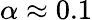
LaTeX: \alpha\approx 0.1